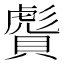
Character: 𧷠